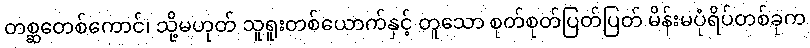
တစ္ဆတေစ်ကောင်၊ သို့မဟုတ် သူရူးတစ်ယောက်နှင့် တူသော စုတ်စုတ်ပြတ်ပြတ် မိန်းမပုံရိပ်တစ်ခုက